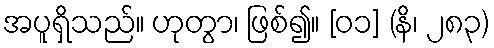
အပူရှိသည်။ ဟုတွာ၊ ဖြစ်၍။ [၀၁] (နိ၊ ၂၈၃)